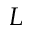
L